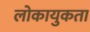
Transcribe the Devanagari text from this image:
लोकायुकता